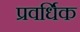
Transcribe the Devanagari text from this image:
प्रवर्धिक